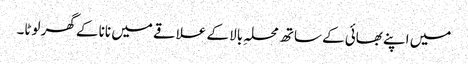
میں اپنے بھائی کے ساتھ محلہِ بالا کے علاقے میں نانا کے گھر لوٹا۔